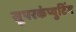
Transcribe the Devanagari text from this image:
सुपरकंप्युटिंग